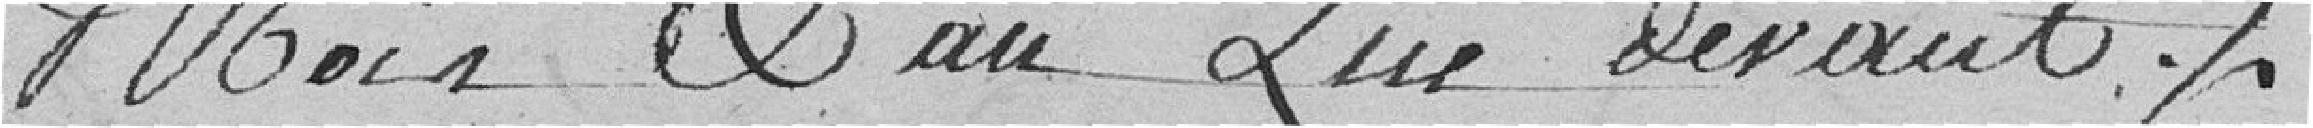
Mois & an Que devant .